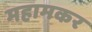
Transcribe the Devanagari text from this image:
महामकर